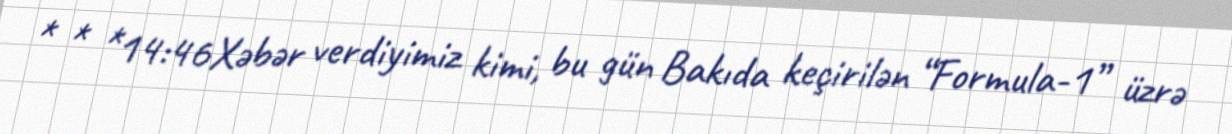
* * *14:46Xəbər verdiyimiz kimi, bu gün Bakıda keçirilən “Formula-1” üzrə